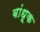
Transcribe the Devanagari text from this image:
बांधूक